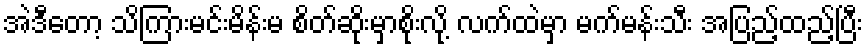
အဲဒီတော့ သိကြားမင်းမိန်းမ စိတ်ဆိုးမှာစိုးလို့ လက်ထဲမှာ မက်မန်းသီး အပြည့်ထည့်ပြီး